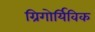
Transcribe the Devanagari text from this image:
ग्रिगोर्यिविक